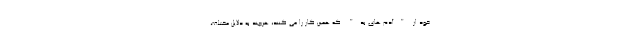
خود از "آدم های بد" که همین کار را می کنند، هرچند به دلایل مختلف،